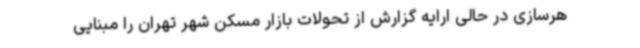
هرسازی در حالی ارایه گزارش از تحولات بازار مسکن شهر تهران را مبنایی